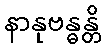
နာနုဗန္ဓန္တိ